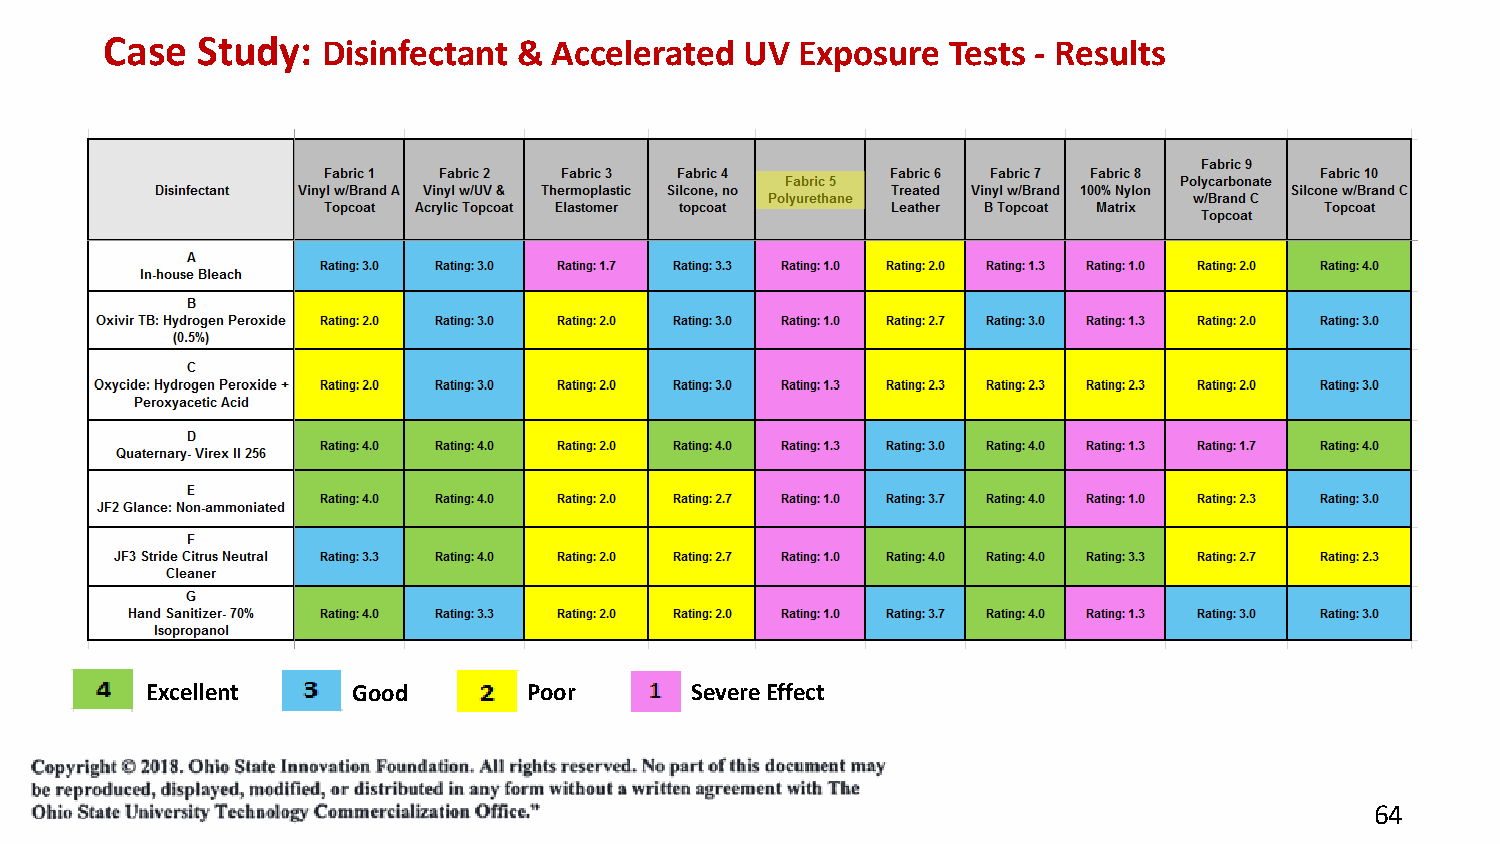
Case  Study:  Disinfectant &  Accelerated UV  Exposure  Tests - Results
 Excellent    Good        Poor       Severe Effect
 64